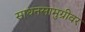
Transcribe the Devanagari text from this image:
साधनसामुग्रीवर